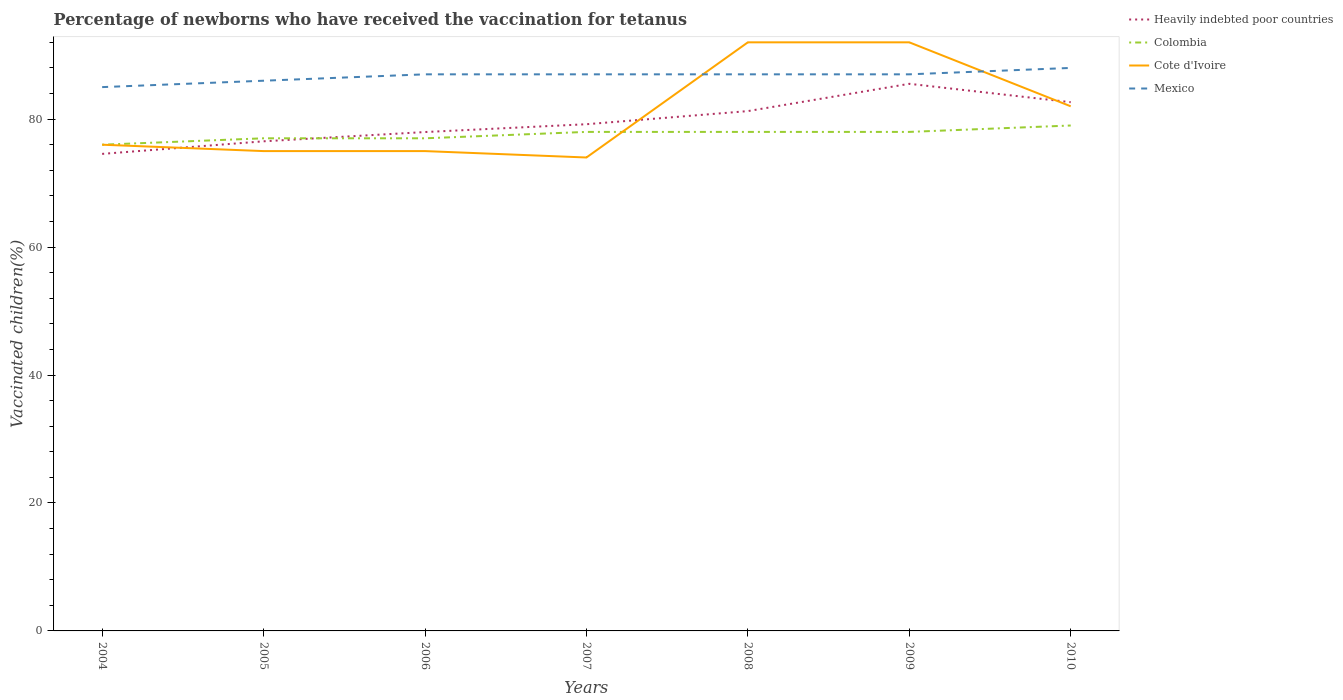
| Years | Heavily indebted poor countries | Colombia | Cote d'Ivoire | Mexico |
 | --- | --- | --- | --- | --- |
 | 2004 | 74.6 | 76 | 76 | 85 |
 | 2005 | 76.5 | 77 | 75 | 86 |
 | 2006 | 78 | 77 | 75 | 87 |
 | 2007 | 79.2 | 78 | 74 | 87 |
 | 2008 | 81.3 | 78 | 92 | 87 |
 | 2009 | 85.5 | 78 | 92 | 87 |
 | 2010 | 82.6 | 79 | 82 | 88 |